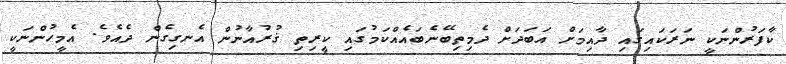
ކާފަރުންނަކީ ނަރަކައިގައި ދާއިމަށް އަބަދަށް ދެމިތިބޭނެބައެއްކަމުގައި ކީިރިތި ޤުރުއާނުން އެނގިގެން ދެއެވެ. އެމީހުންނަކީ